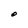
Character: O